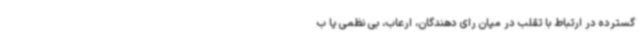
گسترده در ارتباط با تقلب در میان رای دهندگان، ارعاب، بی نظمی یا ب